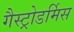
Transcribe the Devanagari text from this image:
गैस्ट्रोडर्मिस